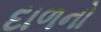
દાળનો